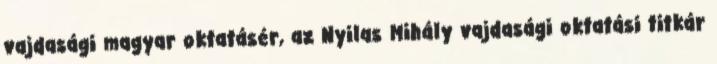
vajdasági magyar oktatásér, az Nyilas Mihály vajdasági oktatási titkár